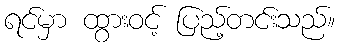
ရင်မှာ ထွားဝင့် ပြည့်တင်းသည်။